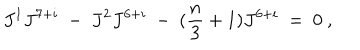
LaTeX: J ^ { 1 } J ^ { 7 + i } \ - \ J ^ { 2 } J ^ { 6 + i } \ - \ ( { \frac { n } { 3 } } + 1 ) J ^ { 6 + i } \ = \ 0 \ ,